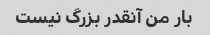
بار من آنقدر بزرگ نیست